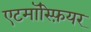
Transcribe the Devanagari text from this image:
एटमॉस्फ़ियर